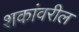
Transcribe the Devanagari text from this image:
शकांवरील